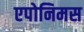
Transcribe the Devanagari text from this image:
एपोनिमस